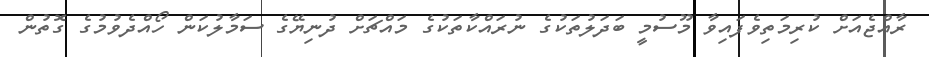
ރާއްޖެއަށް ކުރިމަތިވެފައިވާ މޫސުމީ ބަދަލުތަކުގެ ނުރައްކާތަކުގެ މައްޗަށް ދުނިޔޭގެ ސަމާލުކަން ހޯއްދެވުމުގެ ގޮތުން